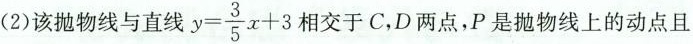
(2)该抛物线与直线$$y =\frac { 3 } { 5 } x + 3$$ 相交于 C,D两点,P 是抛物线上的动点且